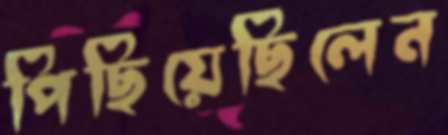
পিছিয়েছিলেন